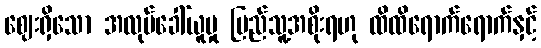
ဈေးရှိသော အလုပ်ခေါ်ယူမှု ပြည်သူ့အစိုးရဟု ထိထိရောက်ရောက်နှင့်